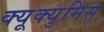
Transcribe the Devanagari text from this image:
क्यूक्युमिस